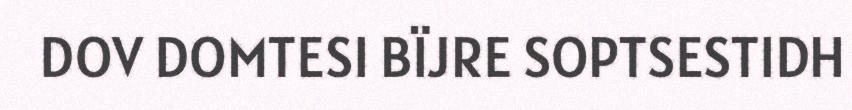
DOV DOMTESI BÏJRE SOPTSESTIDH